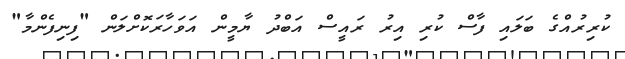
ކުރިރުއްގެ ބަލައި ފާސް ކުރި އިރު ރައީސް އަބްދު ޔާމީން އަވަހާރަކޮށްލަން "ފިނިފެންމާ"